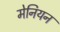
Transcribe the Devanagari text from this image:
मेनियन